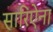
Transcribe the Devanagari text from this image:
सारिऐना